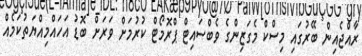
ރާއްޖެއިން ބޭރުގައި މިސްކް މެގަޒިންގެ ވެބްސައިޓް ޕްރޮމޯޓް ކުރުމަށް ވަރަށް ބޮޑު އަހައްމިއްޔަތުކަމެއް